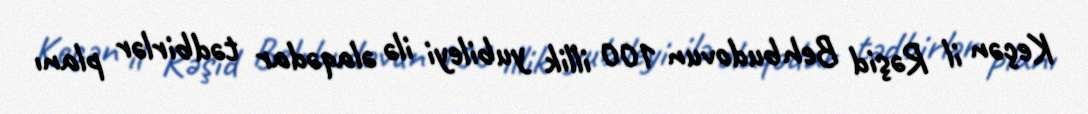
Keçən il Rəşid Behbudovun 100 illik yubileyi ilə əlaqədar tədbirlər planı